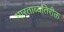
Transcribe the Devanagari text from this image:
भारताव्यतिरीक्त